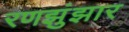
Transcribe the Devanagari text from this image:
रणझुंझार